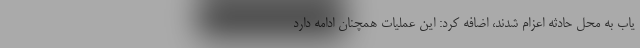
یاب به محل حادثه اعزام شدند، اضافه کرد: این عملیات همچنان ادامه دارد